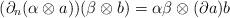
LaTeX: \begin{gather*}({\partial}_n(\alpha \otimes a))(\beta \otimes b)=\alpha\beta \otimes ({\partial} a)b\end{gather*}